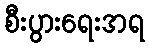
စီးပွားရေးအရ